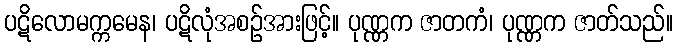
ပဋိလောမက္ကမေန၊ ပဋိလုံအစဉ်အားဖြင့်။ ပုဏ္ဏက ဇာတကံ၊ ပုဏ္ဏက ဇာတ်သည်။